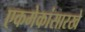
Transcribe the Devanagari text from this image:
एकमेकांसारखे